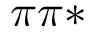
\pi \pi *